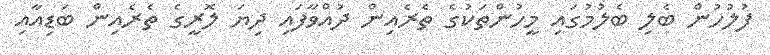
ފުލުހުން ބެލި ބެލުމުގައި މީހުންތަކުގެ ތެރެއިން ދުއްވާފައި ދިޔަ ލޮރީގެ ތެރެއިން ބަޑިއާއި